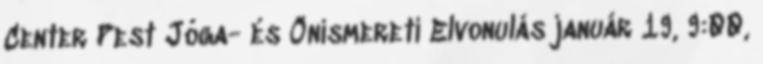
Center Pest Jóga- és Önismereti Elvonulás január 19, 9:00,